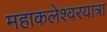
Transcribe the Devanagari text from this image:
महाकलेश्वरयात्रा